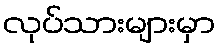
လုပ်သားများမှာ